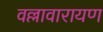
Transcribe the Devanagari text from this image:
वल्लावारायण